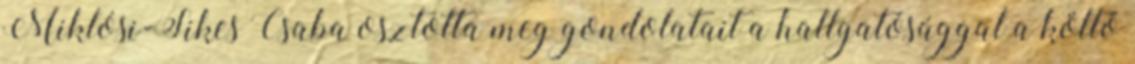
Miklósi-Sikes Csaba osztotta meg gondolatait a hallgatósággal a költő